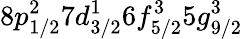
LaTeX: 8p_{1/2}^{2}7d_{3/2}^{1}6f_{5/2}^{3}5g_{9/2}^{3}